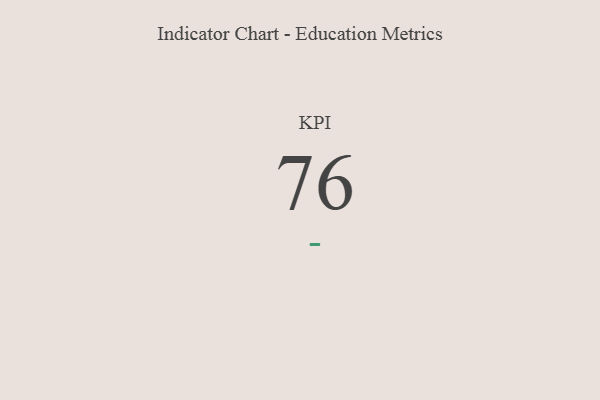
{"axis": {"x": "KPI", "y": "Value"}, "legend": [""], "data": [{"x": "KPI", "y": 76, "type": ""}]}